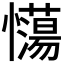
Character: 𢥉